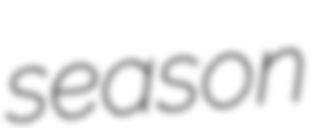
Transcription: season